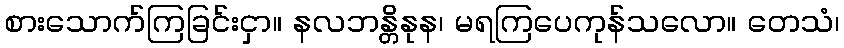
စားသောက်ကြခြင်းငှာ။ နလဘန္တိနုန၊ မရကြပေကုန်သလော။ တေသံ၊